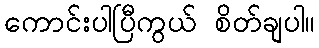
ကောင်းပါပြီကွယ် စိတ်ချပါ။